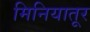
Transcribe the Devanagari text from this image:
मिनियातूर